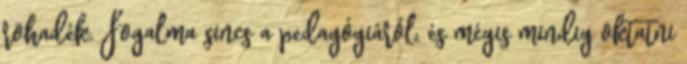
rohadék. Fogalma sincs a pedagógiáról, és mégis mindig oktatni